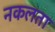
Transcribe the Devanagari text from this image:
नकलता